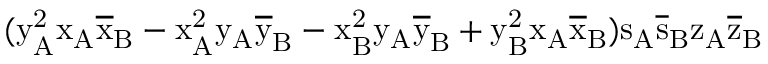
( \mathrm { y _ { A } ^ { 2 } \mathrm { x _ { A } \mathrm { \overline { { x } } _ { B } - \mathrm { x _ { A } ^ { 2 } \mathrm { y _ { A } \mathrm { \overline { { y } } _ { B } - \mathrm { x _ { B } ^ { 2 } \mathrm { y _ { A } \mathrm { \overline { { y } } _ { B } + \mathrm { y _ { B } ^ { 2 } \mathrm { x _ { A } \mathrm { \overline { { x } } _ { B } ) \mathrm { s _ { A } \mathrm { \overline { { s } } _ { B } \mathrm { z _ { A } \mathrm { \overline { { z } } _ { B } } } } } } } } } } } } } } } } }